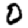
Digit: 0